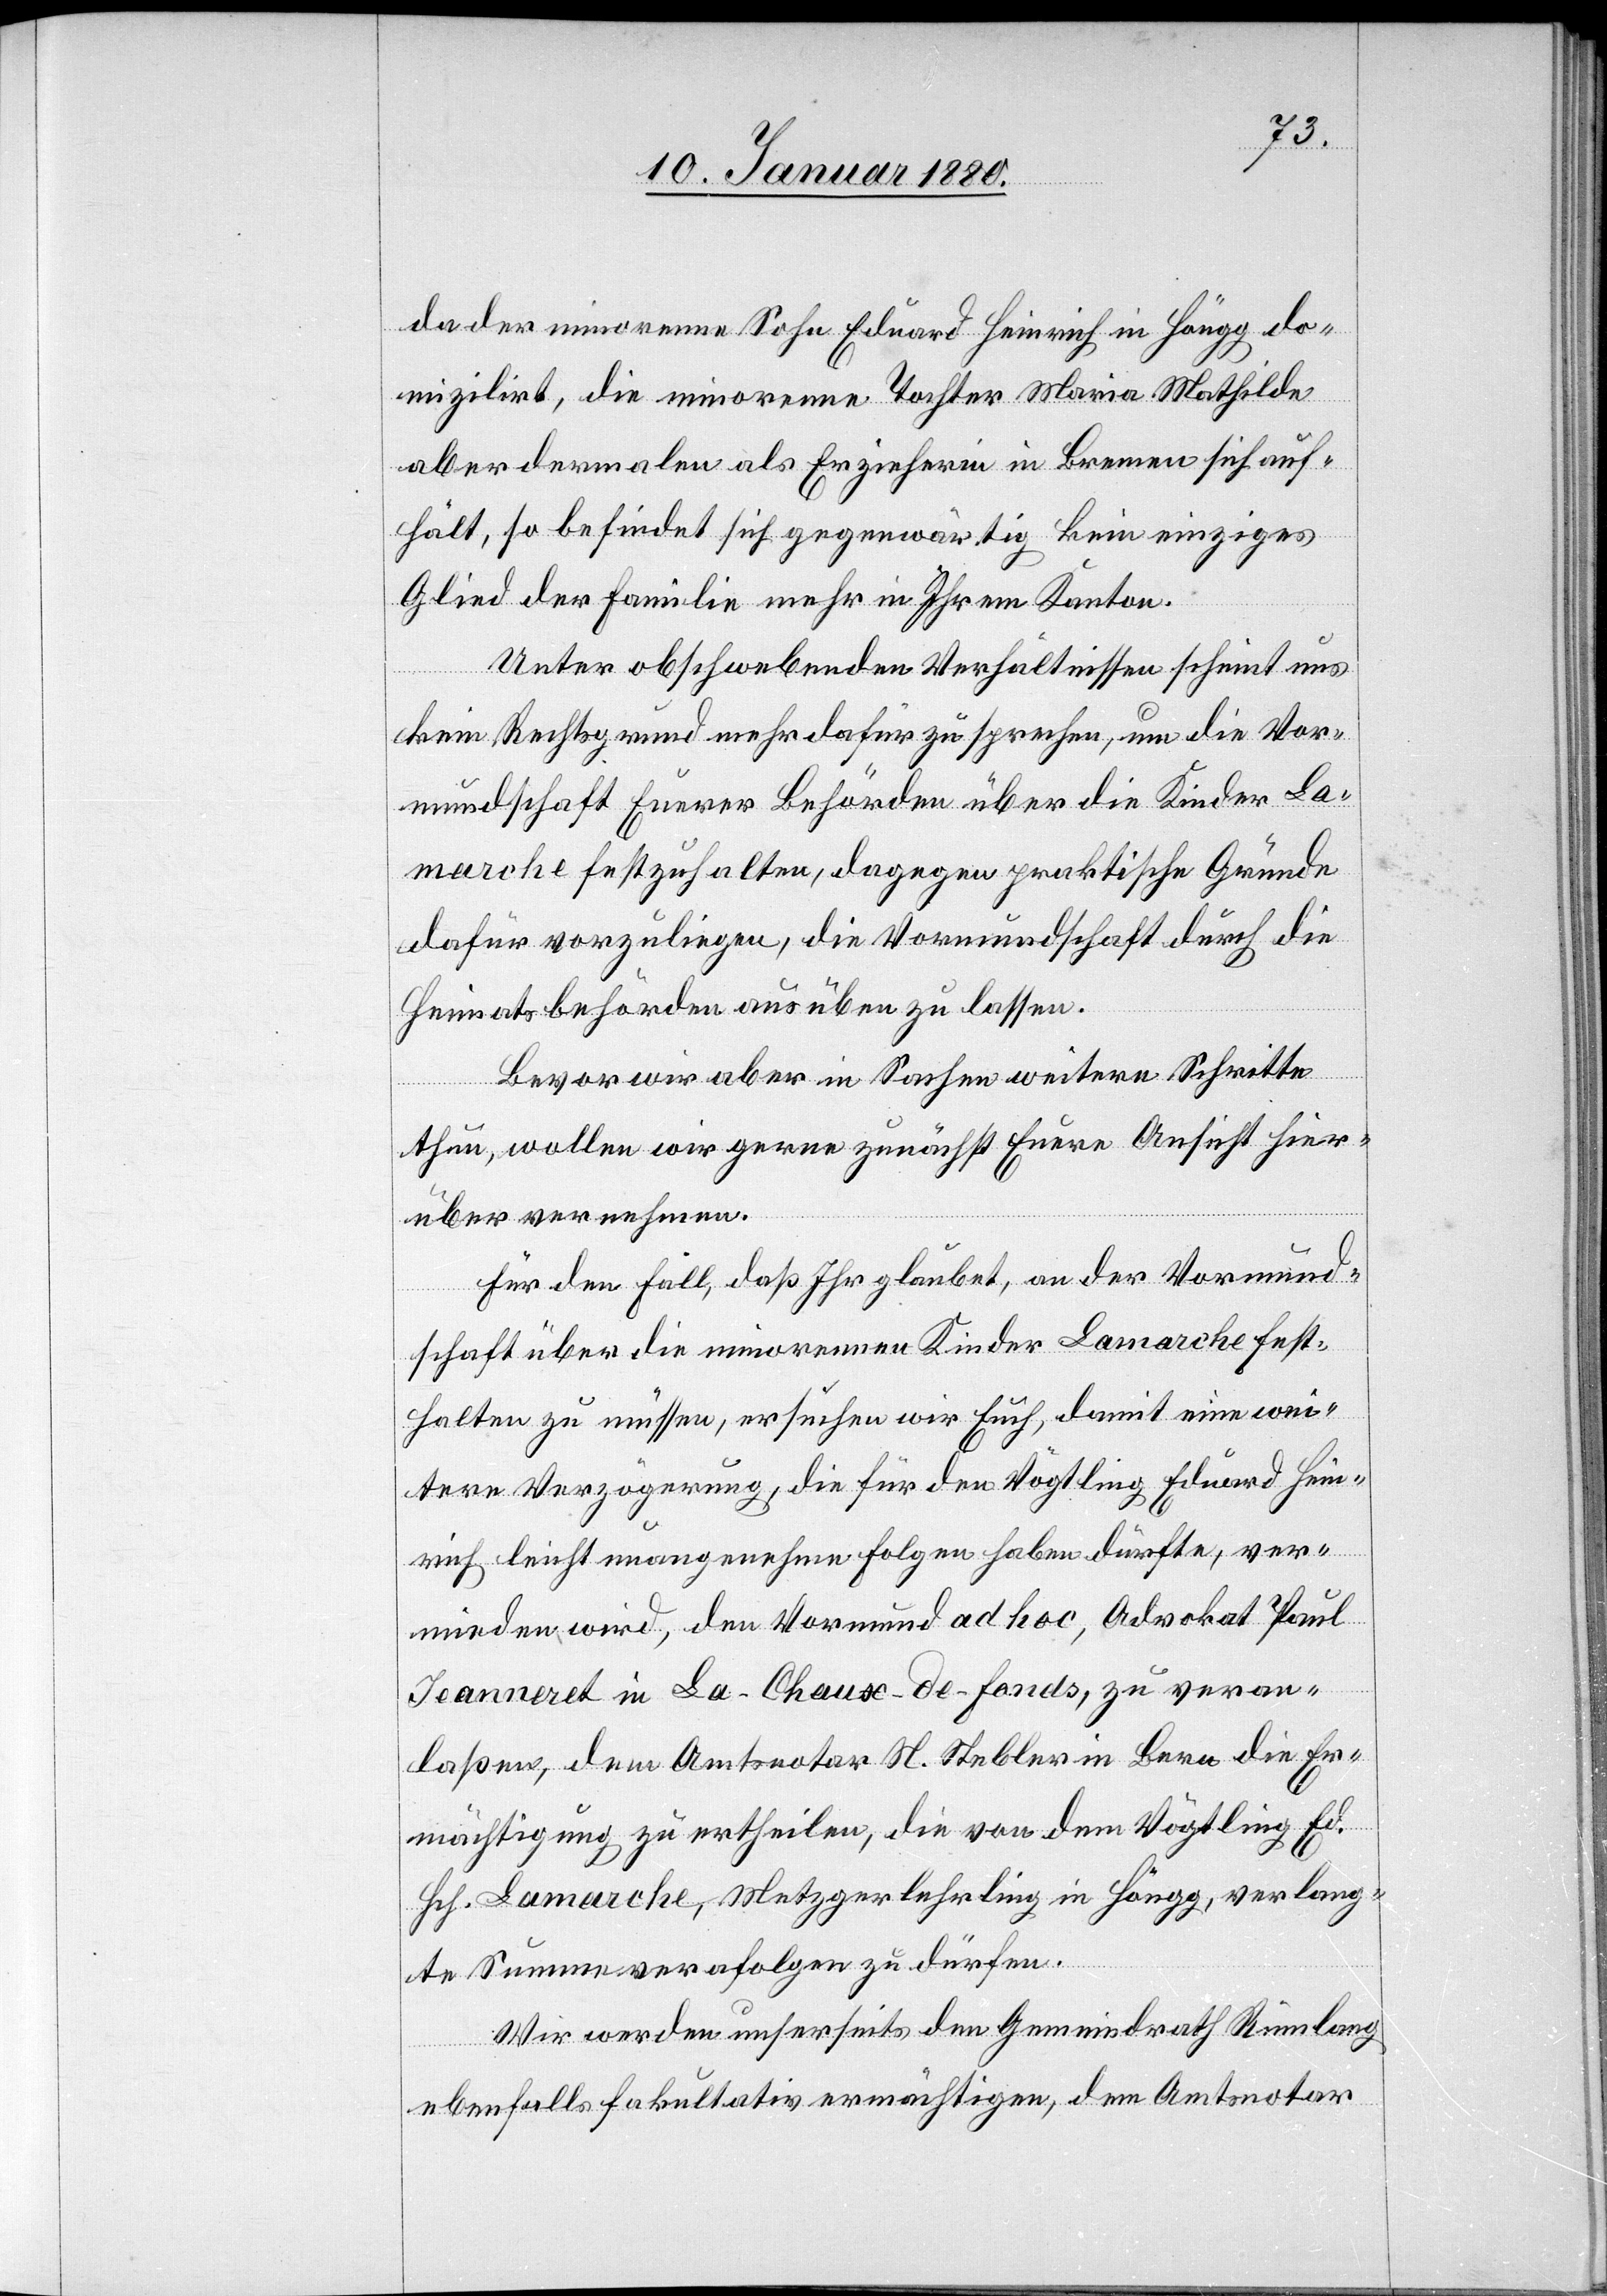
da der minorene Sohn Eduard Heinrich in Höngg do¬
mizilirt, die minorene Tochter Mathilda
aber dermalen als Erzieherin in Bremen sich auf¬
hält, so befindet sich gegenwärtig kein einziges
Glied der Familie mehr in Ihrem Kanton.
Unter obschwebenden Verhältnissen scheint uns
kein Rechtsgrund mehr dafür zu sprechen, um die Vor¬
mundschaft Eurer Behörden über die Kinder La¬
marche festzuhalten, dagegen praktische Gründe
dafür vorzuliegen, die Vormundschaft durch die
Heimatsbehörden ausüben zu lassen.
Bevor wir aber in Sachen weitere Schritte
thun, wollen wir gerne zunächst Eure Ansicht hier¬
über vernehmen.
Für den Fall, daß Ihr glaubt, an der Vormund¬
schaft über die minorenen Kinder Lamarche fest¬
halten zu müssen, ersuchen wir Euch, damit eine wei¬
tere Verzögerung, die für den Vögtling Eduard Hein¬
rich leicht unangenehme Folgen haben dürfte, ver¬
mieden wird, den Vormund ad hoc, Advokat Paul
Jeanneret in La-Chaux-de-Fonds, zu veran¬
laßen, dem Amtsnotar St. Stebler in Bern die Er¬
mächtigung zu ertheilen, die von dem Vögtling Ed.
Hch. Lamarche, Metzgerlehrling in Höngg, verlang¬
te Summe verabfolgen zu dürfen.
Wir werden unserseits den Gemeindrath Rümlang
ebenfalls fakultativ ermächtigen, dem Amtsnotar